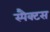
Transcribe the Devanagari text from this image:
स्पैक्टस